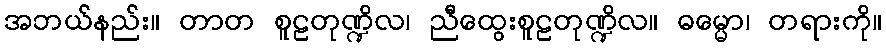
အဘယ်နည်း။ တာတ စူဠတုဏ္ဍိလ၊ ညီထွေးစူဠတုဏ္ဍိလ။ ဓမ္မော၊ တရားကို။